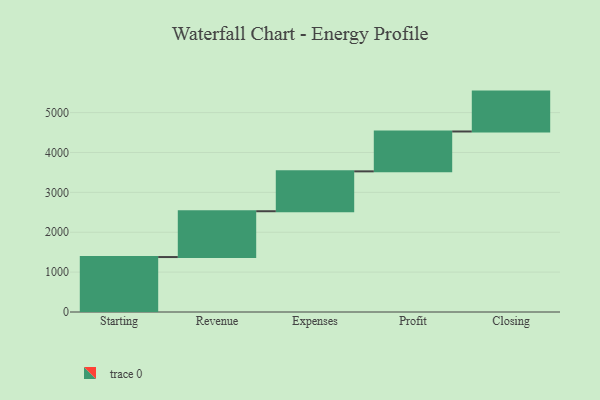
{"axis": {"x": "Step", "y": "Value"}, "legend": [""], "data": [{"x": "Starting", "y": 1378.0, "type": ""}, {"x": "Revenue", "y": 1149.0, "type": ""}, {"x": "Expenses", "y": 1000, "type": ""}, {"x": "Profit", "y": 1000, "type": ""}, {"x": "Closing", "y": 1000, "type": ""}]}